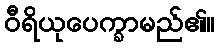
ဝီရိယုပေက္ခာမည်၏။